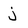
Character: j